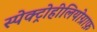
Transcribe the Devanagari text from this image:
स्पेक्ट्रोहीलियोग्राफ़